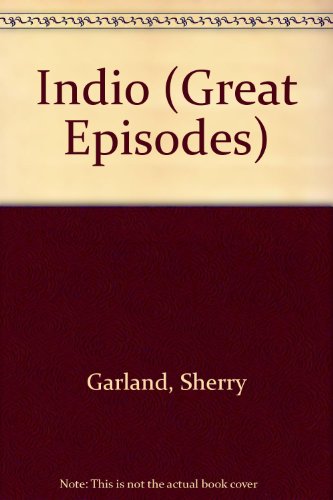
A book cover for Indio (Great Episodes); Sherry Garland; Teen & Young Adult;